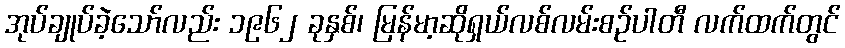
အုပ်ချုပ်ခဲ့သော်လည်း ၁၉၆၂ ခုနှစ်၊ မြန်မာ့ဆိုရှယ်လစ်လမ်းစဉ်ပါတီ လက်ထက်တွင်